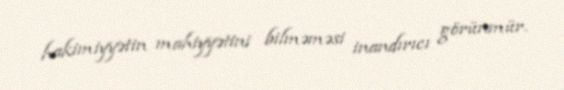
hakimiyyətin mahiyyətini bilməməsi inandırıcı görünmür.